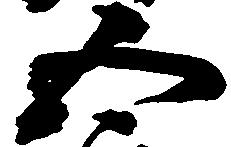
五